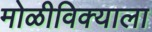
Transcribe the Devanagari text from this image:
मोळीविक्याला